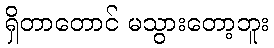
ရှိတာတောင် မသွားတော့ဘူး